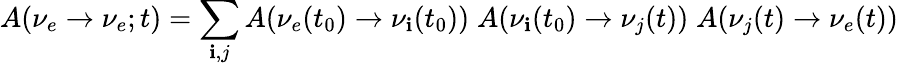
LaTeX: A({\nu_{e}}\to{\nu_{e}};t)=\sum_{\mathbf{i},j}A(\nu_{e}(t_{0})\to\nu_{\mathbf{i}}(t_{0}))\; A(\nu_{\mathbf{i}}(t_{0})\to\nu_{j}(t))\; A(\nu_{j}(t)\to\nu_{e}(t))\; \; \;